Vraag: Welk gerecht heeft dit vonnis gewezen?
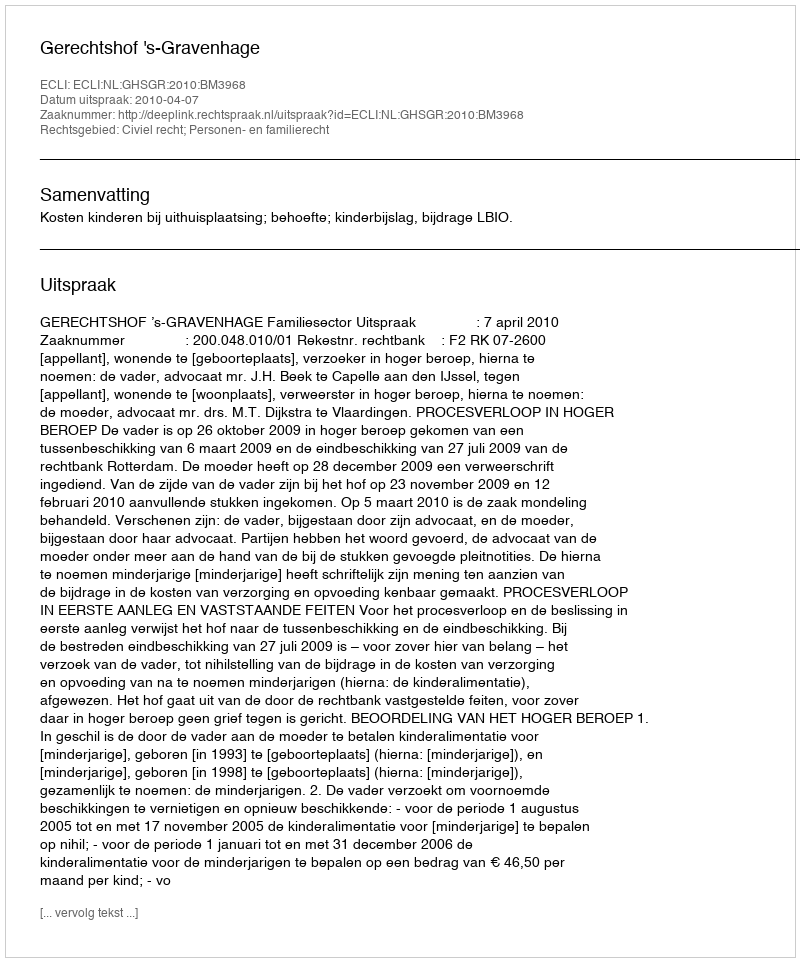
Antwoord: Gerechtshof 's-Gravenhage